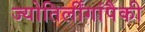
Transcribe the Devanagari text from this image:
ज्योतिर्लींगांपैकी